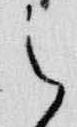
之